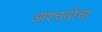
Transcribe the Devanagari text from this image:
आश्‍चर्याचा